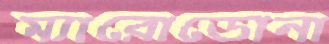
ম্যারোডোনা